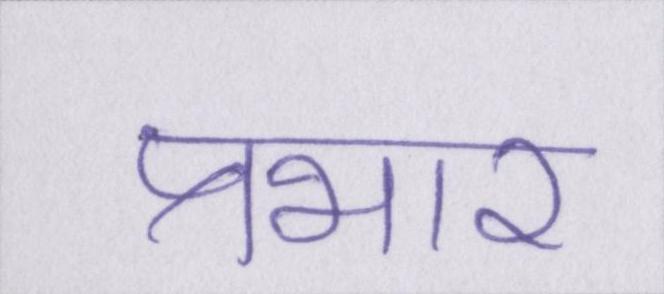
प्रभार